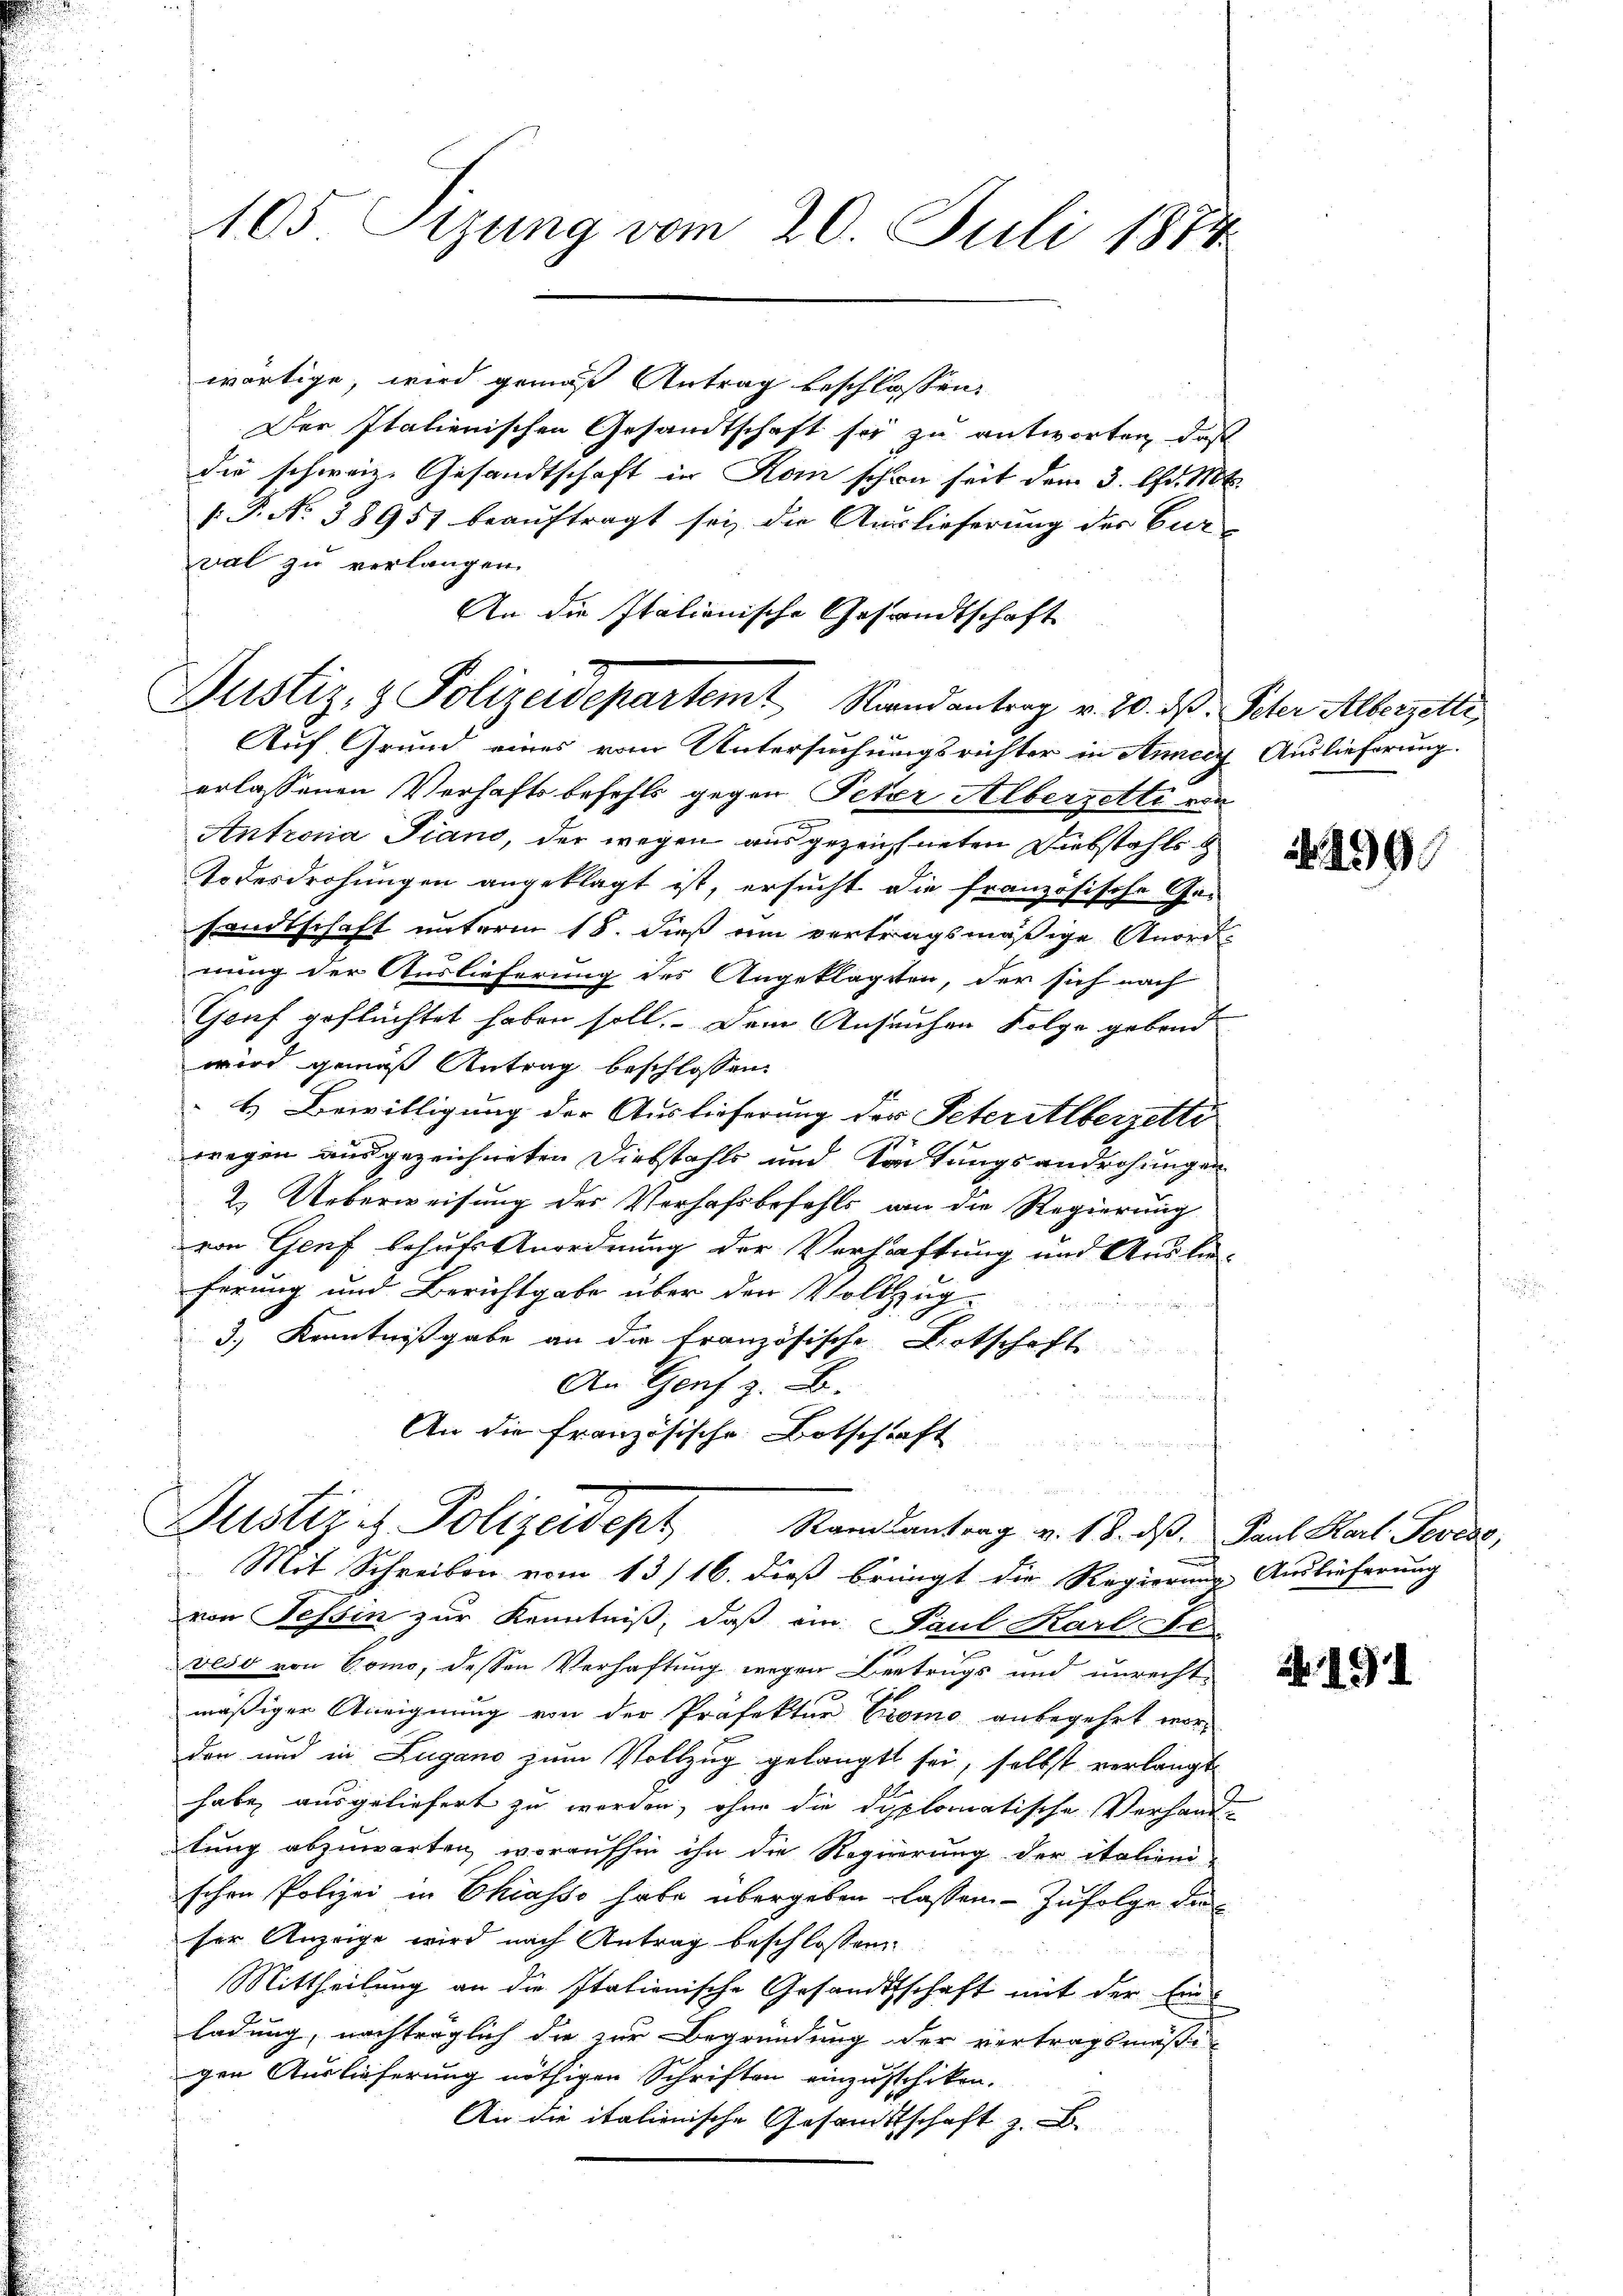
105. Sizung vom 20. Juli 1874.

An die Italionische Gesandtschaft
Justiz- & Polizeidepartemt Randantrag v. 20. ds. Peter Alberzelli¬

wärtige, wird gemäß Antrag beschlossen:
Der Italienischen Gesandtschaft sei zu antworten, daß
die schweiz. Gesandtschaft in Kan schon seit dem 3. d. Mt
P.P. No. 58957 beauftragt sei die Auslieferung des Curval zu verlangen.
Auf Grund eines vom Untersuchungsrichter in Anney Auslieferung.
erlassenen Verhaftsbefehls gegen Peter Albersette von
Antrona Piano, der wegen ausgezeichneten Diebstahls
Todesdrohungen angeklagt ist, ersucht die französische Ge-
sandtschaft unterm 18. dieß ein vertragsmäßige Anord-
nung der Auslieferung des Angeklagten, der sich nach
Genf geflüchtet haben soll. Dem Ansuchen Folge gebend
wird gemäß Antrag beschlossen:
H Bewilligung der Auslieferung der Peterilberzetti
wegen ausgezeichneten Diebstahls und Kontungsandrohungen
2.) Ueberweisung des Verhafsbefehls an die Regierung
von Genf behufs Anordnung der Verhaftung und Auslie¬
Errung und Berichtgabe über den Vollzug
3.) Kenntnißgabe an die Französische Botschaft
An Genf z. B.
An die französische Botschrift
a
Justizis Polizeidept Randantorg v. 18. ds. Paul Karl. Perede,
Mit Schreiben vom 13/16. dieß bringt die Regierung Auslieferung
von Tessin zur Kenntniß, daß ein Paul Karl de
veso von Como, dessen Verhaftung wegen Bertrugs und unrechtmäßiger Aneignung von der Präfektur Promo anbegehrt worden und in Lugano zum Vollzug gelangt sei, selbst verlangt
habe ausgeliefert zu werden, ohne die diplomatische Verhandtung abzuwarten, woraufhin ihn die Regierung der italien-
schen Polizei in Chiasso habe übergeben lassen. Zufolge die
ser Anzeige wird nach Antrag beschlossen:
Mittheilung an die stationische Gesandtschaft mit der Einladung, nachträglich die zur Begründung der vertragsmäßi-
gen Auslieferung nöthigen Schriften einzuschiken.
An die italienische Gesandtschaft z. B.

n

299.

. 191